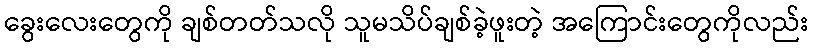
ခွေးလေးတွေကို ချစ်တတ်သလို သူမသိပ်ချစ်ခဲ့ဖူးတဲ့ အကြောင်းတွေကိုလည်း